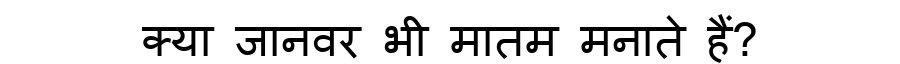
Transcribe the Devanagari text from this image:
क्या जानवर भी मातम मनाते हैं?